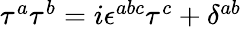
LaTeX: \begin{array}{r}{\tau^{a}\tau^{b}=i\epsilon^{abc}\tau^{c}+\delta^{ab}}\end{array}